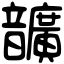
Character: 𩑈